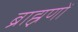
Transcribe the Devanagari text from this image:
ब्राह्नणों